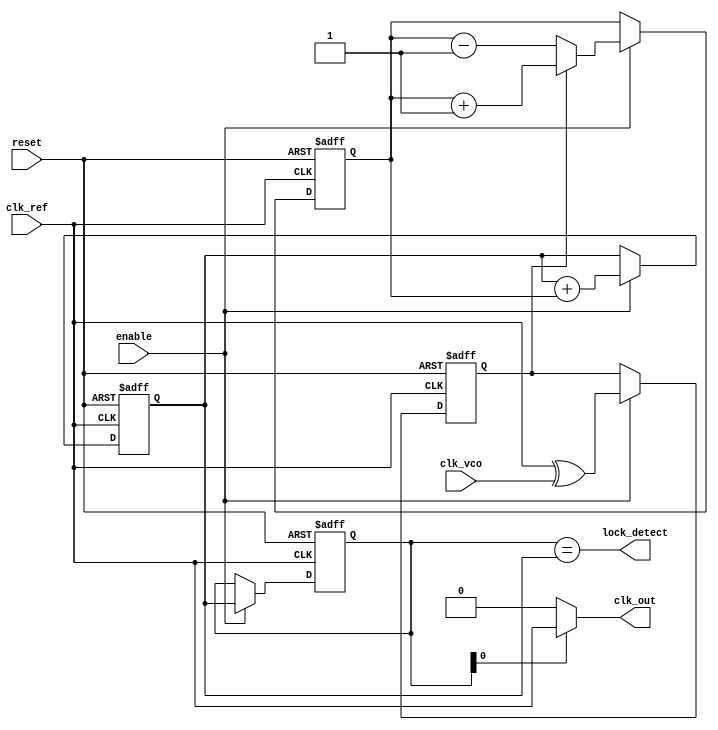
module cp_pll (
    input wire clk_ref,          // Reference clock input
    input wire clk_vco,          // VCO output clock input for feedback
    input wire reset,            // Asynchronous reset
    input wire enable,           // Enable signal for the PLL
    output wire clk_out,         // Output clock
    output wire lock_detect       // Lock detection output
);

    // Phase Detector
    reg phase_detector_out;      // Output of the phase detector
    always @(posedge clk_ref or posedge reset) begin
        if (reset) begin
            phase_detector_out <= 0;
        end else if (enable) begin
            phase_detector_out <= clk_ref ^ clk_vco; // Simple XOR for phase diff
        end
    end

    // Charge Pump
    reg charge_pump_current;     // Charge pump current output
    always @(posedge clk_ref or posedge reset) begin
        if (reset) begin
            charge_pump_current <= 0;
        end else if (enable) begin
            if (phase_detector_out) begin
                charge_pump_current <= charge_pump_current + 1; // Up
            end else begin
                charge_pump_current <= charge_pump_current - 1; // Down
            end
        end
    end

    // Loop Filter (simple integrator for the sake of example)
    reg [7:0] loop_filter_output; // Loop filter output
    always @(posedge clk_ref or posedge reset) begin
        if (reset) begin
            loop_filter_output <= 0;
        end else if (enable) begin
            loop_filter_output <= loop_filter_output + charge_pump_current; // Integrate charge pump output
        end
    end

    // Voltage-Controlled Oscillator (VCO)
    reg [7:0] vco_frequency;      // VCO frequency control
    always @(posedge clk_ref or posedge reset) begin
        if (reset) begin
            vco_frequency <= 0;
        end else if (enable) begin
            vco_frequency <= loop_filter_output; // Control frequency based on loop filter output
        end
    end
    
    // Output clock generation (simple toggling based on VCO frequency control)
    assign clk_out = (vco_frequency[0] == 1'b1) ? clk_ref : 1'b0; // Simple binary toggle for output clock

    // Lock detection logic (simple)
    assign lock_detect = (vco_frequency == loop_filter_output); // Locked if VCO frequency matches filtered output

endmodule